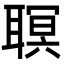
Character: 䏃